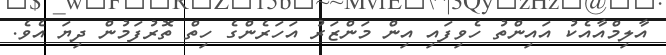
އާލިމްއާއެކު އައިންތު ހެވިފައި އިން މަންޒަރު އަހަރެންގެ ހިތް ތޮރުފަމުން ދިޔަ އެވެ.